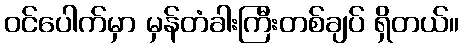
ဝင်ပေါက်မှာ မှန်တံခါးကြီးတစ်ချပ် ရှိတယ်။